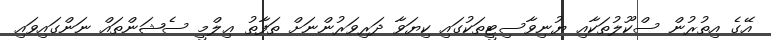
އޭގެ އިތުރުން ސްކޫލުތަކާއި ޔުނިވާސިޓީތަކުގައި ކިޔަވާ ދަރިވަރުންނަށް ތަފާތު ޢިލްމީ ސެޝަންތައް ނަންގައިވައި